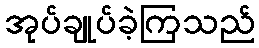
အုပ်ချုပ်ခဲ့ကြသည်